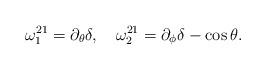
LaTeX: \begin{align*}\omega^{21}_1 = \partial_{\theta} \delta,~~~ \omega^{21}_2 = \partial_{\phi} \delta - \cos \theta.\end{align*}